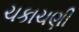
ચકાચણી